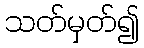
သတ်မှတ်၍